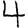
Digit: 4